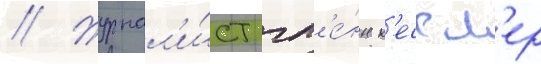
// Журнал'и́ст гл'е́нн к'ессл'ер